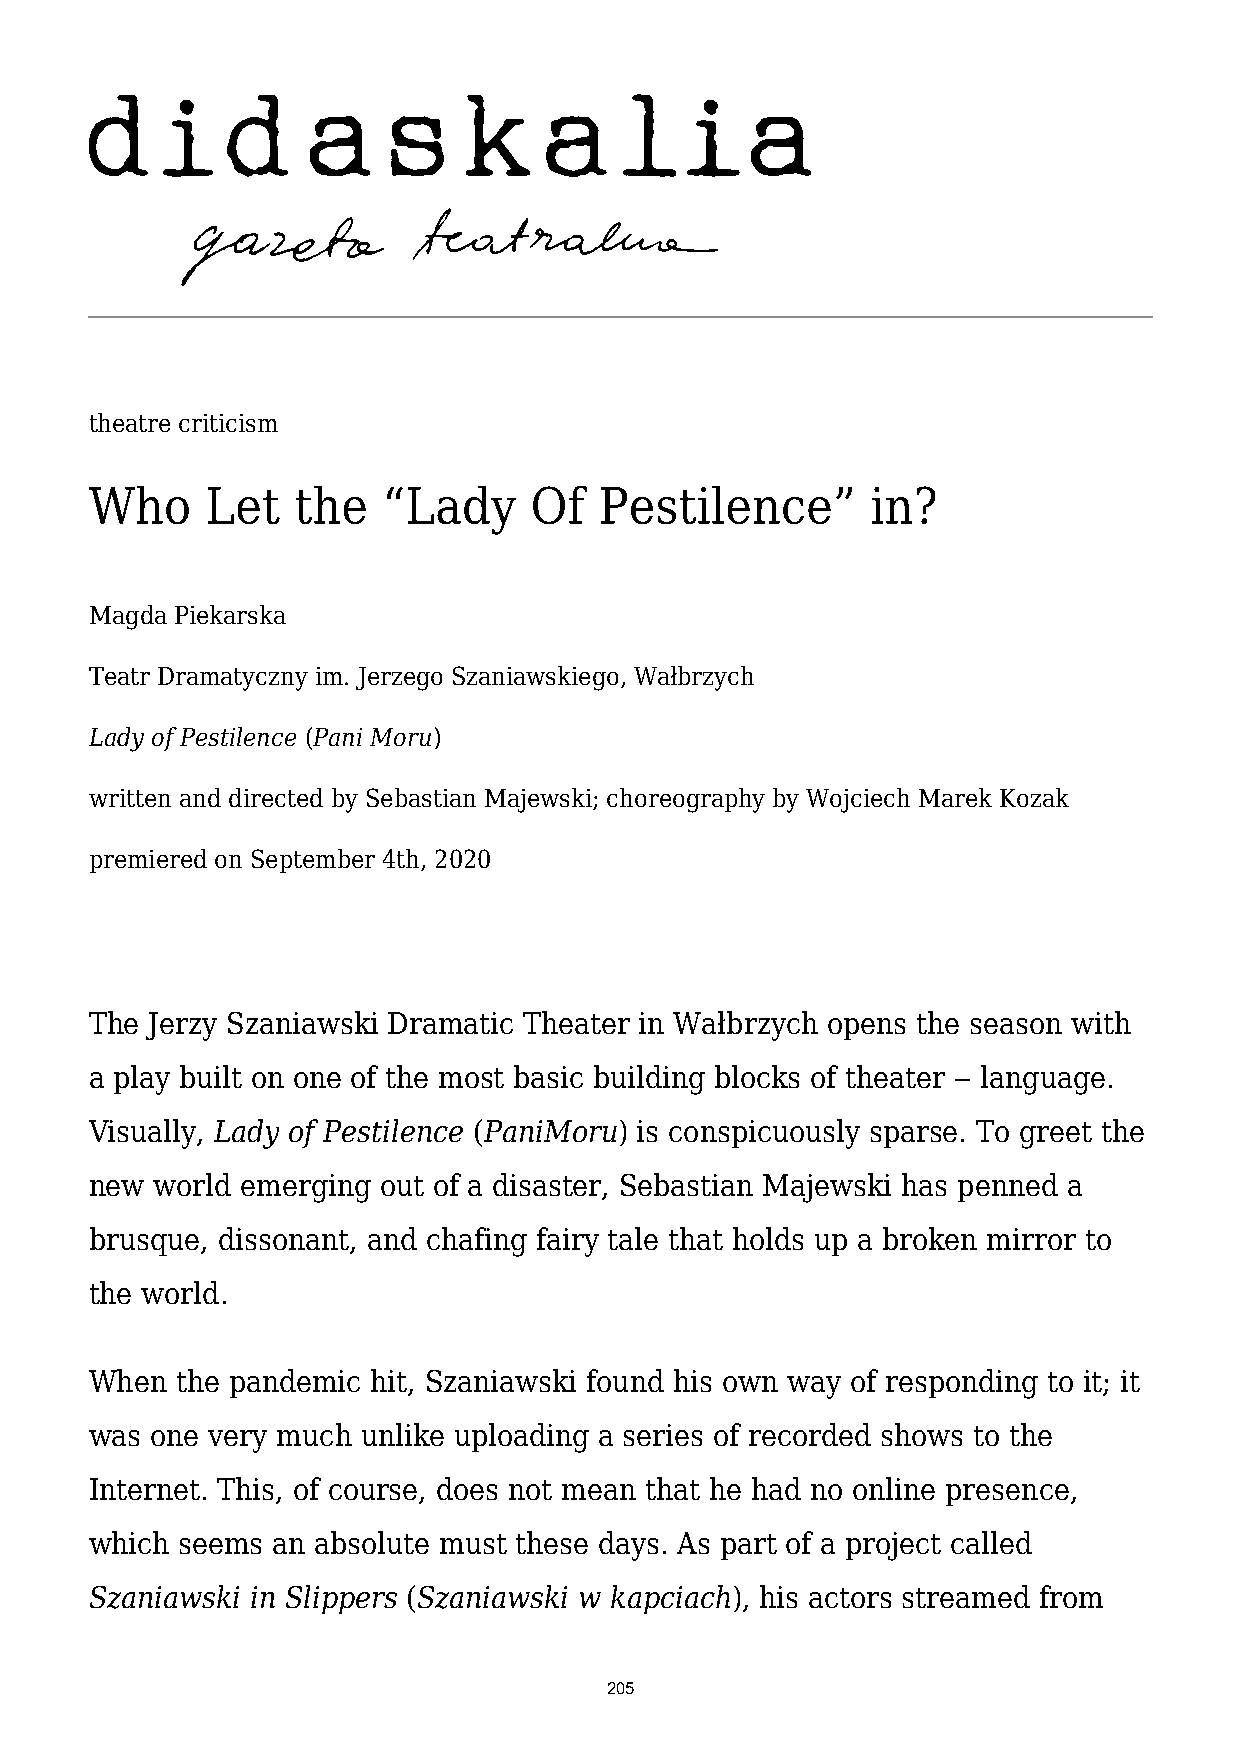
theatre criticism
 Who     Let  the   “Lady     Of   Pestilence”       in?
 Magda Piekarska
 Teatr Dramatyczny im. Jerzego Szaniawskiego, Wałbrzych
 Lady of Pestilence (Pani Moru)
 written and directed by Sebastian Majewski; choreography by Wojciech Marek Kozak
 premiered on September 4th, 2020
 The Jerzy Szaniawski Dramatic Theater in Wałbrzych opens the season with
 a play built on one of the most basic building blocks of theater ‒ language.
 Visually, Lady of Pestilence (PaniMoru) is conspicuously sparse. To greet the
 new world emerging out of a disaster, Sebastian Majewski has penned a
 brusque, dissonant, and chafing fairy tale that holds up a broken mirror to
 the world.
 When  the pandemic hit, Szaniawski found his own way of responding to it; it
 was one very much unlike uploading a series of recorded shows to the
 Internet. This, of course, does not mean that he had no online presence,
 which seems an absolute must these days. As part of a project called
 Szaniawski in Slippers (Szaniawski w kapciach), his actors streamed from
 205